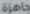
جاهزة